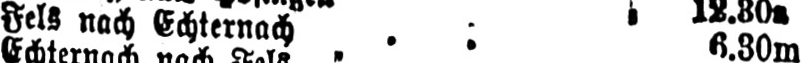
Fels nach Echternach ... 6.30m